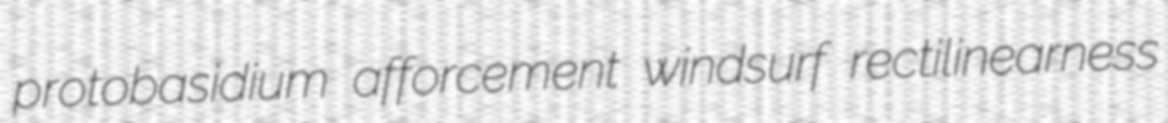
protobasidium afforcement windsurf rectilinearness